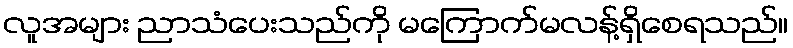
လူအများ ညာသံပေးသည်ကို မကြောက်မလန့်ရှိစေရသည်။